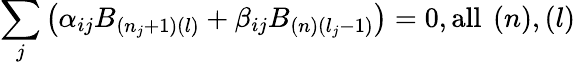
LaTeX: \sum_{j}\left(\alpha_{ij}B_{\left(n_{j}+1\right)\left(l\right)}+\beta_{ij}B_{\left(n\right)\left(l_{j}-1\right)}\right)=0,\mathrm{all~}\left(n\right),\left(l\right)